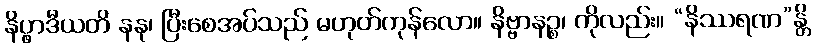
နိပ္ဖာဒီယတိ နနု၊ ပြီးစေအပ်သည် မဟုတ်ကုန်လော။ နိဗ္ဗာနဉ္စ၊ ကိုလည်း။ “နိဿရဏ”န္တိ